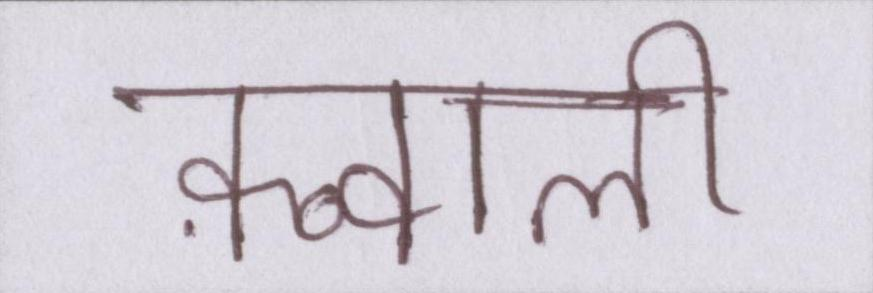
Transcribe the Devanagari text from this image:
क़व्वाली